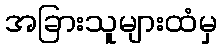
အခြားသူများထံမှ